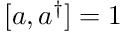
[ a , a ^ { \dagger } ] = 1